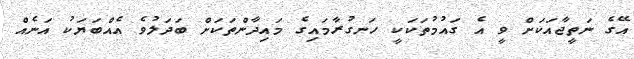
އޭގެ ނަތީޖާއަކަށް ވީ އެ ގައުމުތަކަކީ ހަނގުރާމައިގެ މައިދާންތަކަށް ބަދަލުވެ އެއްބަޔަކު އަނެއް